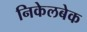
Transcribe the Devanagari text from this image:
निकेलबेक